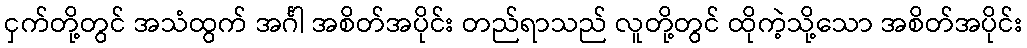
ငှက်တို့တွင် အသံထွက် အင်္ဂါ အစိတ်အပိုင်း တည်ရာသည် လူတို့တွင် ထိုကဲ့သို့သော အစိတ်အပိုင်း